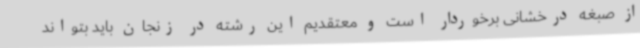
از صبغه درخشانی برخوردار است و معتقدیم این رشته در زنجان باید بتواند